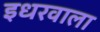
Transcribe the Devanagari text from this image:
इधरवाला